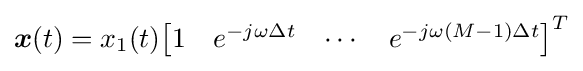
{\boldsymbol {x}}(t)=x_{1}(t){\begin{bmatrix}1&e^{-j\omega \Delta t}&\cdots &e^{-j\omega (M-1)\Delta t}\end{bmatrix}}^{T}